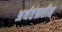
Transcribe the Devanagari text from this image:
अर्थतंत्रातील